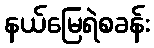
နယ်မြေရဲစခန်း